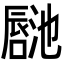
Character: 𪢏